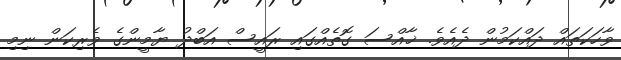
ވާހަކަތައް ދައްކަމުން ދެއެވެ. ޚާއްސަ ގޮތެއްގައި ރައީސް އަބްދު ޔާމީންގެ ވެރިކަން ނިމި